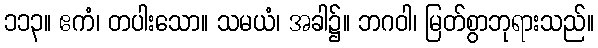
၁၁၃။ ဧကံ၊ တပါးသော။ သမယံ၊ အခါ၌။ ဘဂဝါ၊ မြတ်စွာဘုရားသည်။